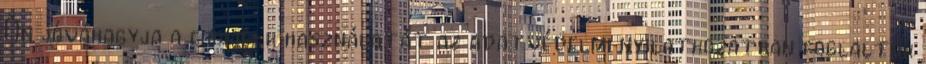
Ön jóváhagyja a cookie-k használatát az adatvédelmi nyilatkozatban foglaltak